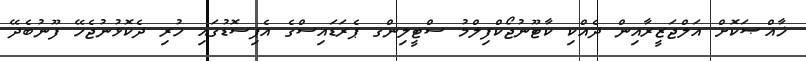
ޚާއްޞަކޮށް އަލްޖަޒީރާއިން ދެއްކި ކާޓޫނުޖޯކްފިލްމު ސްޓީލިންގ ޕެރަޑައިސްގެ އެޕިސޮޑުގައި ހުރި ދެކޮޅުނުޖެހޭ ފޫނުބެދޭ